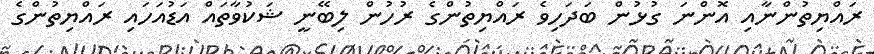
ރައްޔިތުންނާއި އޮންނަ ގުޅުން ބަދަހިވެ ރައްޔިތުންގެ ރުހުން ލިބޭނީ ޝަކުވާތައް އަޑުއަހައި ރައްޔިތުންގެ